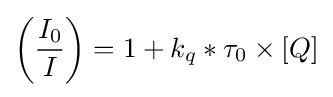
\left({\frac {I_{0}}{I}}\right)=1+{k_{q}}*{\tau _{0}}\times [Q]